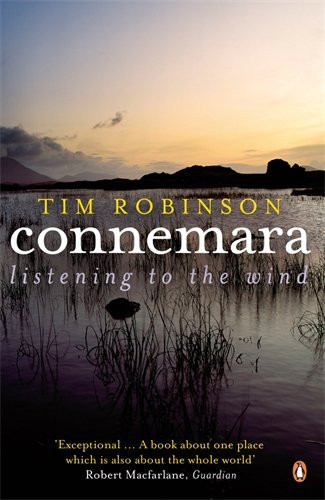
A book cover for Connemara: Listening to the Wind; Tim Robinson; Literature & Fiction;